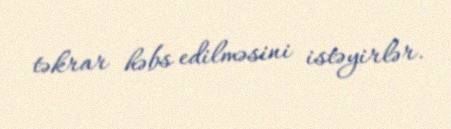
təkrar həbs edilməsini istəyirlər.